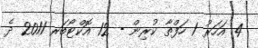
4 އަހަރު 1 ހަފްތާ ކުރިން - 12 އޮކްޓޯބަރ 2011 ދެ